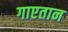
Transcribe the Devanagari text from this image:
गाएतान